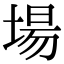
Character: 場